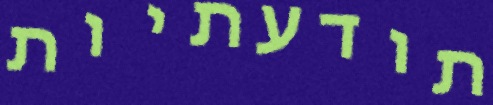
תודעתיות